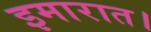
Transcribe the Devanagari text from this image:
इमारात।